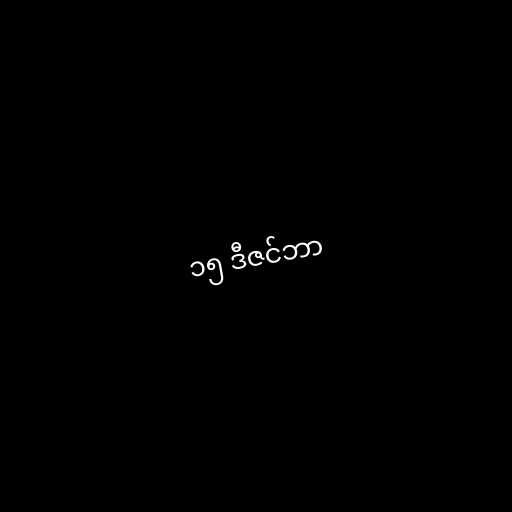
၁၅ ဒီဇင်ဘာ